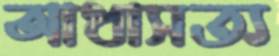
আধাসত্য